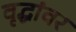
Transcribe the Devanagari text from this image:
वृद्धांवर